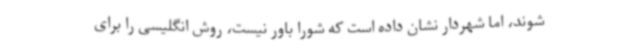
شوند، اما شهردار نشان داده است که شورا باور نیست، روش انگلیسی را برای